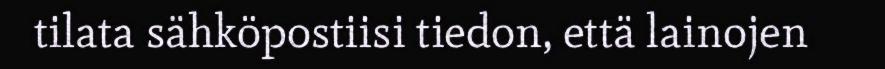
tilata sähköpostiisi tiedon, että lainojen